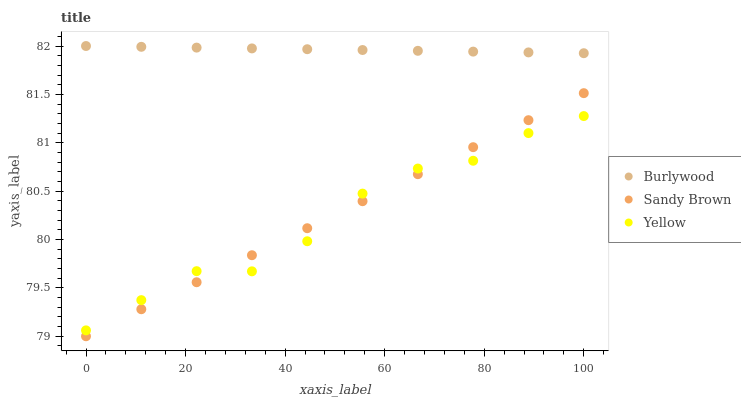
| xaxis_label | Burlywood | Sandy Brown | Yellow |
 | --- | --- | --- | --- |
 | 0 | 82 | 79 | 79.1 |
 | 11.1 | 82 | 79.3 | 79.4 |
 | 22.2 | 82 | 79.6 | 79.7 |
 | 33.3 | 82 | 79.8 | 79.7 |
 | 44.4 | 82 | 80.1 | 80 |
 | 55.6 | 82 | 80.4 | 80.5 |
 | 66.7 | 82 | 80.7 | 80.7 |
 | 77.8 | 81.9 | 81 | 80.8 |
 | 88.9 | 81.9 | 81.2 | 81.1 |
 | 100 | 81.9 | 81.5 | 81.3 |